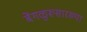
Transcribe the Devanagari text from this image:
बेंगळुरूसारख्या